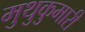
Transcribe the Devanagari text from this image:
मुथुकुमारी